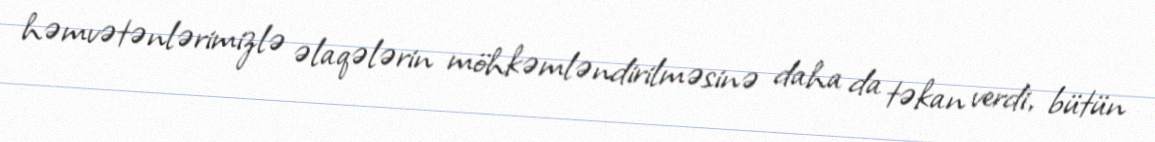
həmvətənlərimizlə əlaqələrin möhkəmləndirilməsinə daha da təkan verdi, bütün